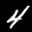
Label: 4